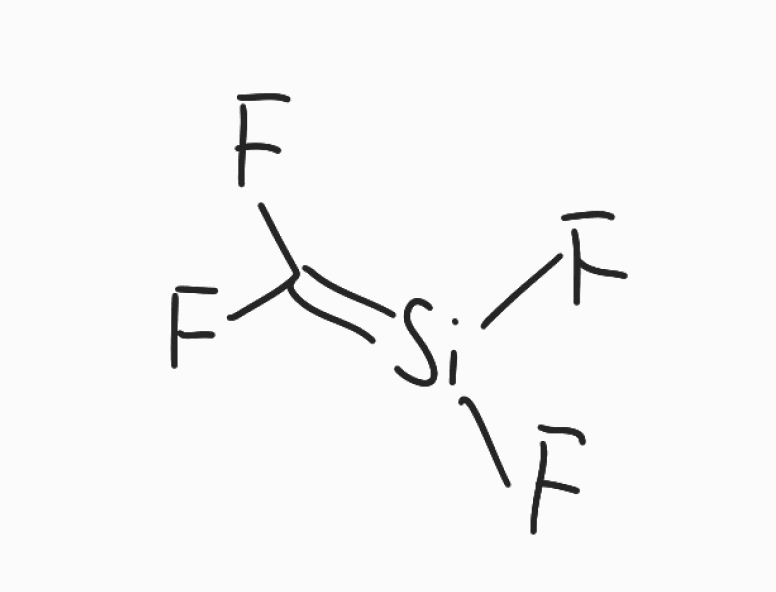
Simplified molecular-input line-entry system (SMILES) notation of the given molecule:
C(=[Si](F)F)(F)F